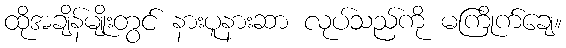
ထိုအချိန်မျိုးတွင် နားပူနားဆာ လုပ်သည်ကို မကြိုက်ချေ။